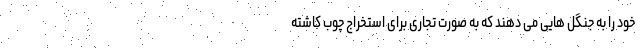
خود را به جنگل هایی می دهند که به صورت تجاری برای استخراج چوب کاشته